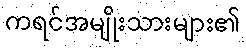
ကရင်အမျိုးသားများ၏